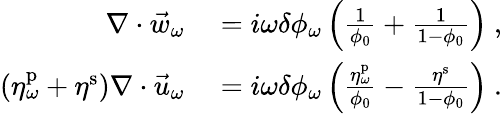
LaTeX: \begin{array}{rl}{\nabla\cdot\vec{w}_{\omega}}&{{}=i\omega\delta\phi_{\omega}\left(\frac{1}{\phi_{0}}+\frac{1}{1-\phi_{0}}\right)\ ,}\\ {\left(\eta_{\omega}^{\mathrm{p}}+\eta^{\mathrm{s}}\right)\nabla\cdot\vec{u}_{\omega}}&{{}=i\omega\delta\phi_{\omega}\left(\frac{\eta_{\omega}^{\mathrm{p}}}{\phi_{0}}-\frac{\eta^{\mathrm{s}}}{1-\phi_{0}}\right)\ .}\end{array}